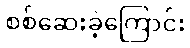
စစ်ဆေးခဲ့ကြောင်း